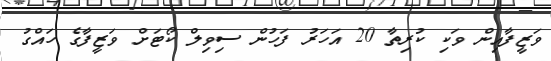
ވަޒީފާއިން ވަކި ކުރިތާ 20 އަހަރު ފަހުން ސިވިލް ކޯޓަށް ވަޒީފާގެ ހައްގު